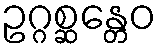
ဥဂ္ဂစ္ဆန္တေဝ